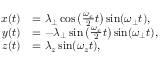
\begin{array} { r l } { x ( t ) } & { = \lambda _ { \perp } \cos \left( \frac { \omega _ { c } } { 2 } t \right) \sin ( \omega _ { \perp } t ) , } \\ { y ( t ) } & { = - \lambda _ { \perp } \sin \left( \frac { \omega _ { c } } { 2 } t \right) \sin ( \omega _ { \perp } t ) , } \\ { z ( t ) } & { = \lambda _ { z } \sin ( \omega _ { z } t ) , } \end{array}